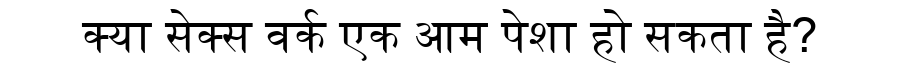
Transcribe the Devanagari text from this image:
क्या सेक्स वर्क एक आम पेशा हो सकता है?